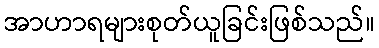
အာဟာရများစုတ်ယူခြင်းဖြစ်သည်။